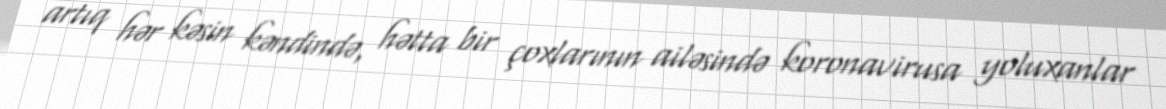
artıq hər kəsin kəndində, hətta bir çoxlarının ailəsində koronavirusa yoluxanlar